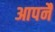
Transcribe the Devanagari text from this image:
आपनै